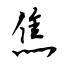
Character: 焦